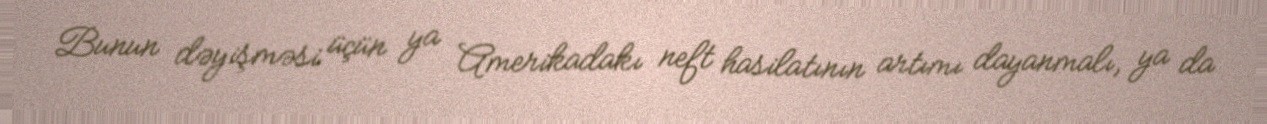
Bunun dəyişməsi üçün ya Amerikadakı neft hasilatının artımı dayanmalı, ya da